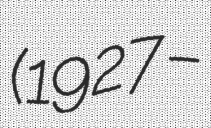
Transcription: (1927 –